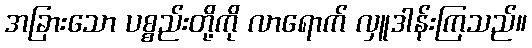
အခြားသော ပစ္စည်းတို့ကို လာရောက် လှူဒါန်းကြသည်။